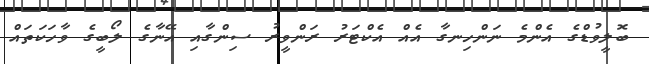
ބޮލީވުޑްގެ އެންމެ ނަންހިނގާ އެއް އެކްޓަރު ރަންވީރު ސިންގާއި އޭނާގެ ލޯބީގެ ވާހަކަތައް